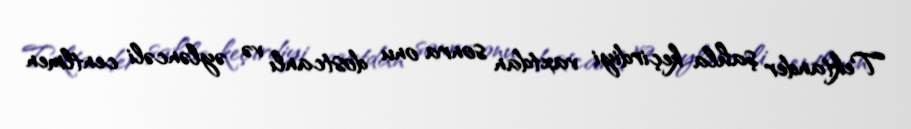
Tektander şahla keçirdiyi vaxtdan sonra onu dostcanlı və əyləncəli centlmen